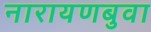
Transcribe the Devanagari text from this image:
नारायणबुवा